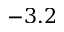
- 3 . 2